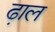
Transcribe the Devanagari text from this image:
ढा़ल